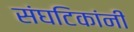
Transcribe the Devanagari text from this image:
संघटिकांनी